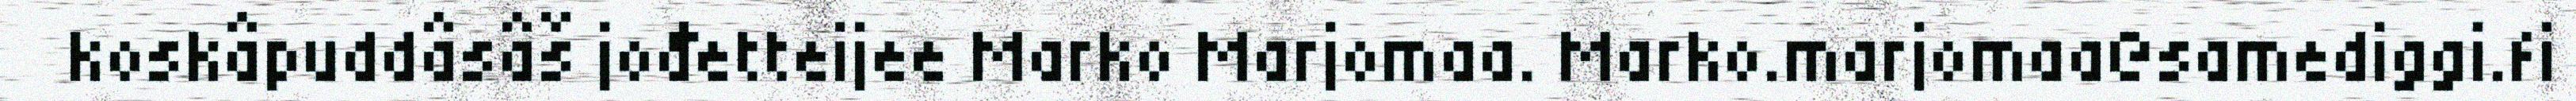
koskâpuddâsâš jođetteijee Marko Marjomaa. Marko.marjomaa@samediggi.fi